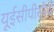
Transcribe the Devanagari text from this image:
यूईसीपीसीबी